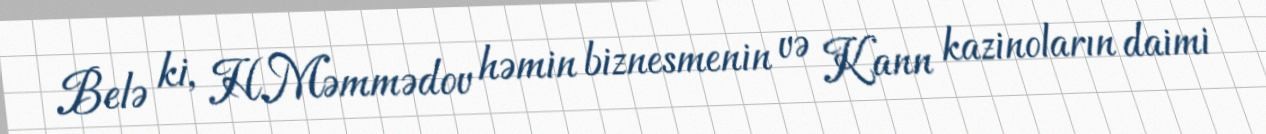
Belə ki, H.Məmmədov həmin biznesmenin və Kann kazinoların daimi